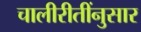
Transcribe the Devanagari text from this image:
चालीरीतींनुसार